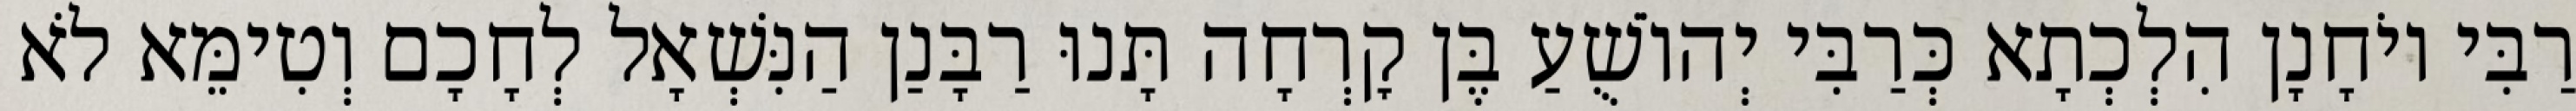
רַבִּי יוֹחָנָן הִלְכְתָא כְּרַבִּי יְהוֹשֻׁעַ בֶּן קׇרְחָה תָּנוּ רַבָּנַן הַנִּשְׁאָל לְחָכָם וְטִימֵּא לֹא